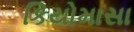
કિયોમાસા